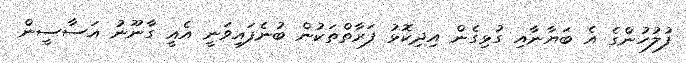
ފުލުހުންގެ އެ ބަޔާނާއި ގުޅިގެން އިދިކޮޅު ފަރާތްތަކުން ބުނެފައިވަނީ އެއީ ގާނޫނު އަސާސީން